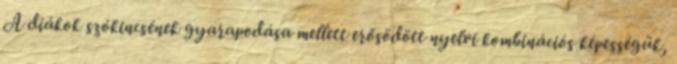
A diákok szókincsének gyarapodása mellett erősödött nyelvi kombinációs képességük,